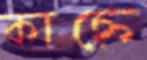
কাহ্নে